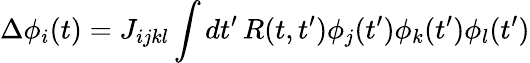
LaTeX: \Delta\phi_{i}(t)=J_{ijkl}\int dt^{\prime}\, R(t,t^{\prime})\phi_{j}(t^{\prime})\phi_{k}(t^{\prime})\phi_{l}(t^{\prime})